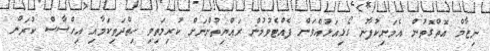
ނިޒާމް އޮތްގޮތުން އެމަނިކުފާނު ގޯޅިއަޅުއްވަން ފެއްޓެވުމުން ރައްޔިތުންނަށް ކުރިމަތިވި ހިތްދަތިކަމާއި އިހްސާސް ކުރަން